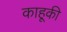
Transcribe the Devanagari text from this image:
काहूकी